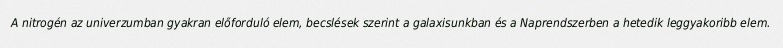
A nitrogén az univerzumban gyakran előforduló elem, becslések szerint a galaxisunkban és a Naprendszerben a hetedik leggyakoribb elem.